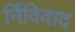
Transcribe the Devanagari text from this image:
र्निविवाद